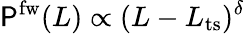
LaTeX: \mathsf{P}^{\mathrm{{fw}}}(L)\propto(L-L_{\mathrm{{ts}}})^{\delta}